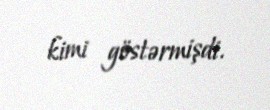
kimi göstərmişdi.